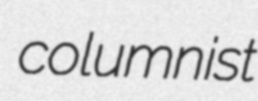
columnist